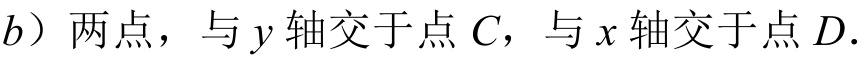
\(b\)）两点，与\(y\)轴交于点\(C\)，与\(x\)轴交于点\(D\).